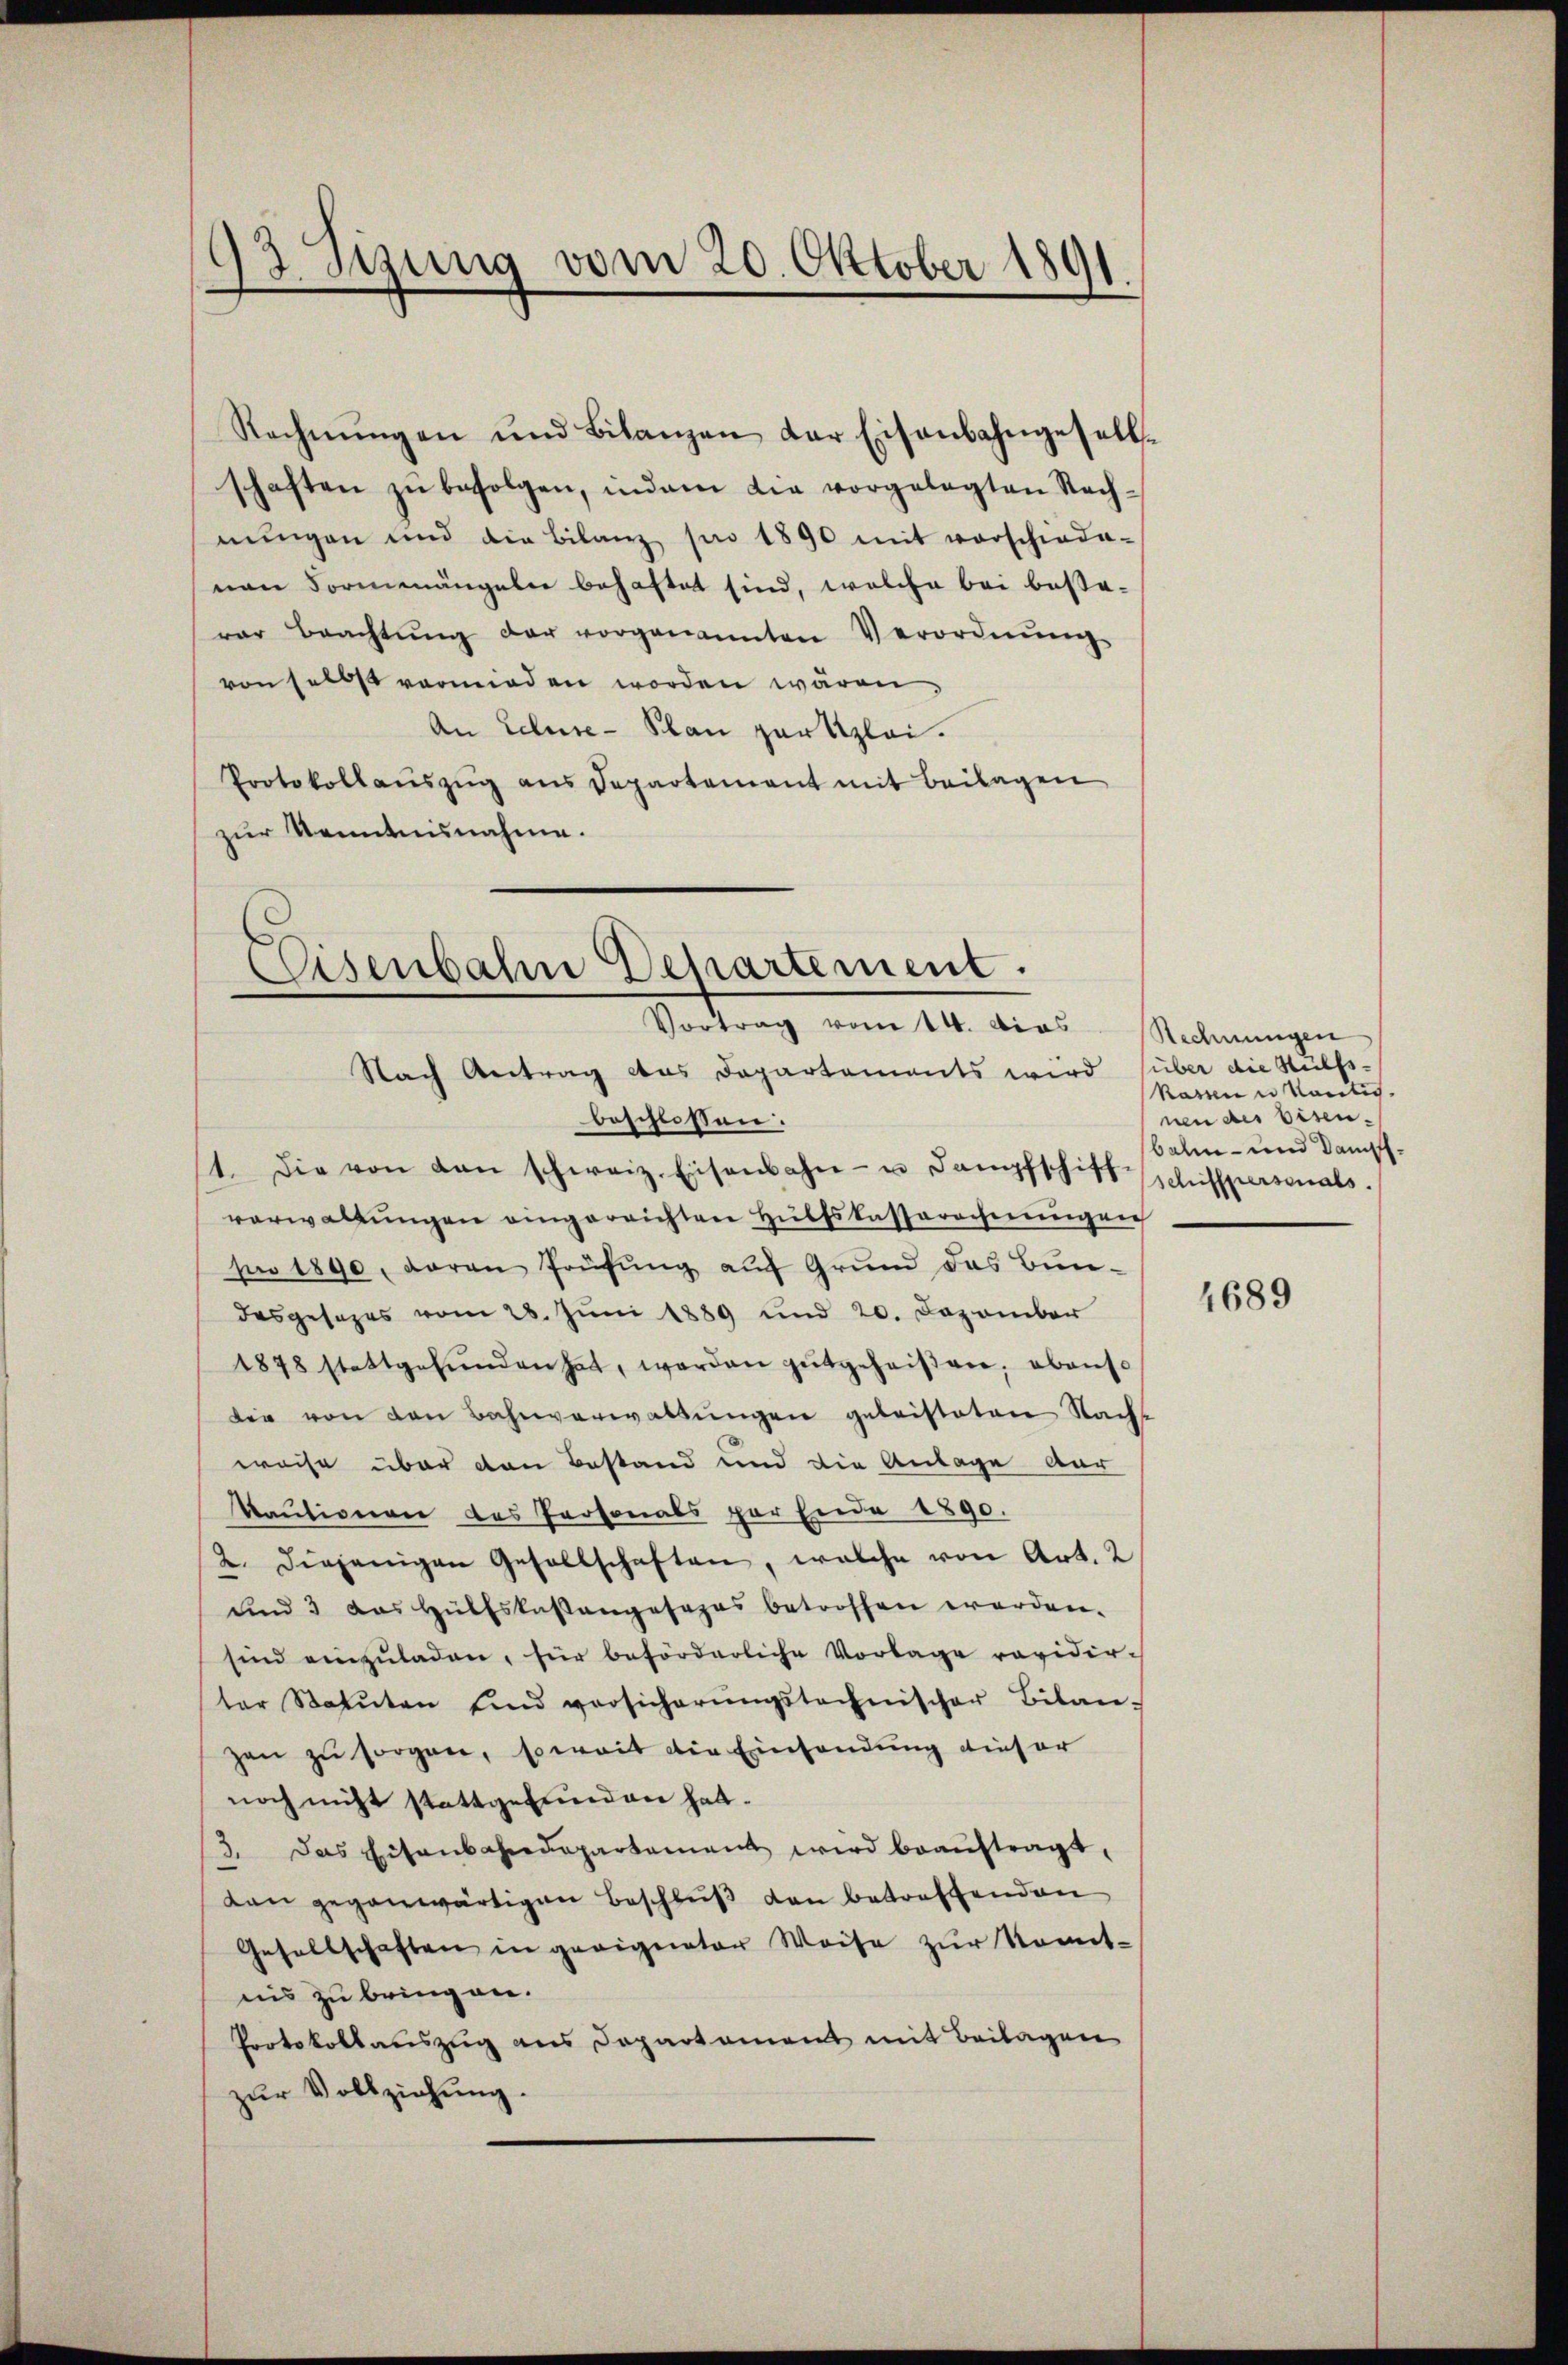
93 Sizung vom 20. Oktober 1891.

Rechnŭngen und Bilanzen der Eisenbahngesell-
schaften zŭ befolgen, indem die vorgelegten Nach-
nungen und die Bilanz pro 1890 mit vorschiede-
nen Formenängeln behaftet sind, welche bei besevar Beachtŭng der vorgenannten Verordnŭng
von selbst vermieden worden wären.
An Eeluse-Plan zartzlei.
Protokollaŭszŭg ans Departement mit Beilagen
zur Kenntnisnahme.

Eisenbahn Departement.
Vortrag vom 14. dies
Nach Antrag das Departements wird (über die Hülfs-

beschlossen:
11. Die von den schweiz. Eisenbahn- u. Dampfschitt Schiffpersonals
verwaltŭngen eingereichten Hülfskassarocheningen
si 1890, daran Prüfung auf Grund das Bundesgesezes vom 28. Juni 1889 und 20. Dezember
1878 stattgefŭnden hat, werden gutgeheiβen; ebenso
dir von den Bahnverwaltungen geleisteten Nachst
weise über den Bestand und die Anlage dur
Kautionen des Personals par Ende 1890.
2. diejenigen Gesellschaften, welche von Art. 2
und 3 das Hülfskastangesezes betroffen worden.
sind einzŭladen, für beförderliche Vorlage revidirter Statuten und versicherŭngsstechnischer Bilan-
zen zu sorgen, soweit die Einsendung dieser
noch nicht stattgefunden hat.
 Das Eisenbahndepartement wird beaŭftragt,
dan gegenwärtigen Beschluß den betreffenden
Gesellschaften in geeigneter Weise zŭr Komit-
nis zu bringen.
Protokollauszug aus Departament mit Beilagen
zŭr Vollziehung.

Rechnungen
Kassen u konti
nen des Eisen-
balm- und Dampf¬

1689